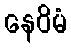
နေဝိမံ